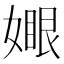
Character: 𡡆